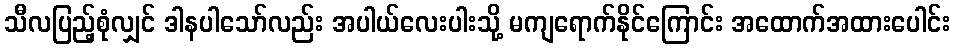
သီလပြည့်စုံလျှင် ဒါနပါသော်လည်း အပါယ်လေးပါးသို့ မကျရောက်နိုင်ကြောင်း အထောက်အထားပေါင်း